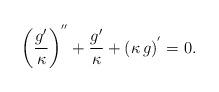
LaTeX: \begin{align*} \left( \frac{g'}{\kappa}\right)^{''} +\frac{g'}{\kappa}+\left( \kappa \,g \right)^{'}=0. \end{align*}